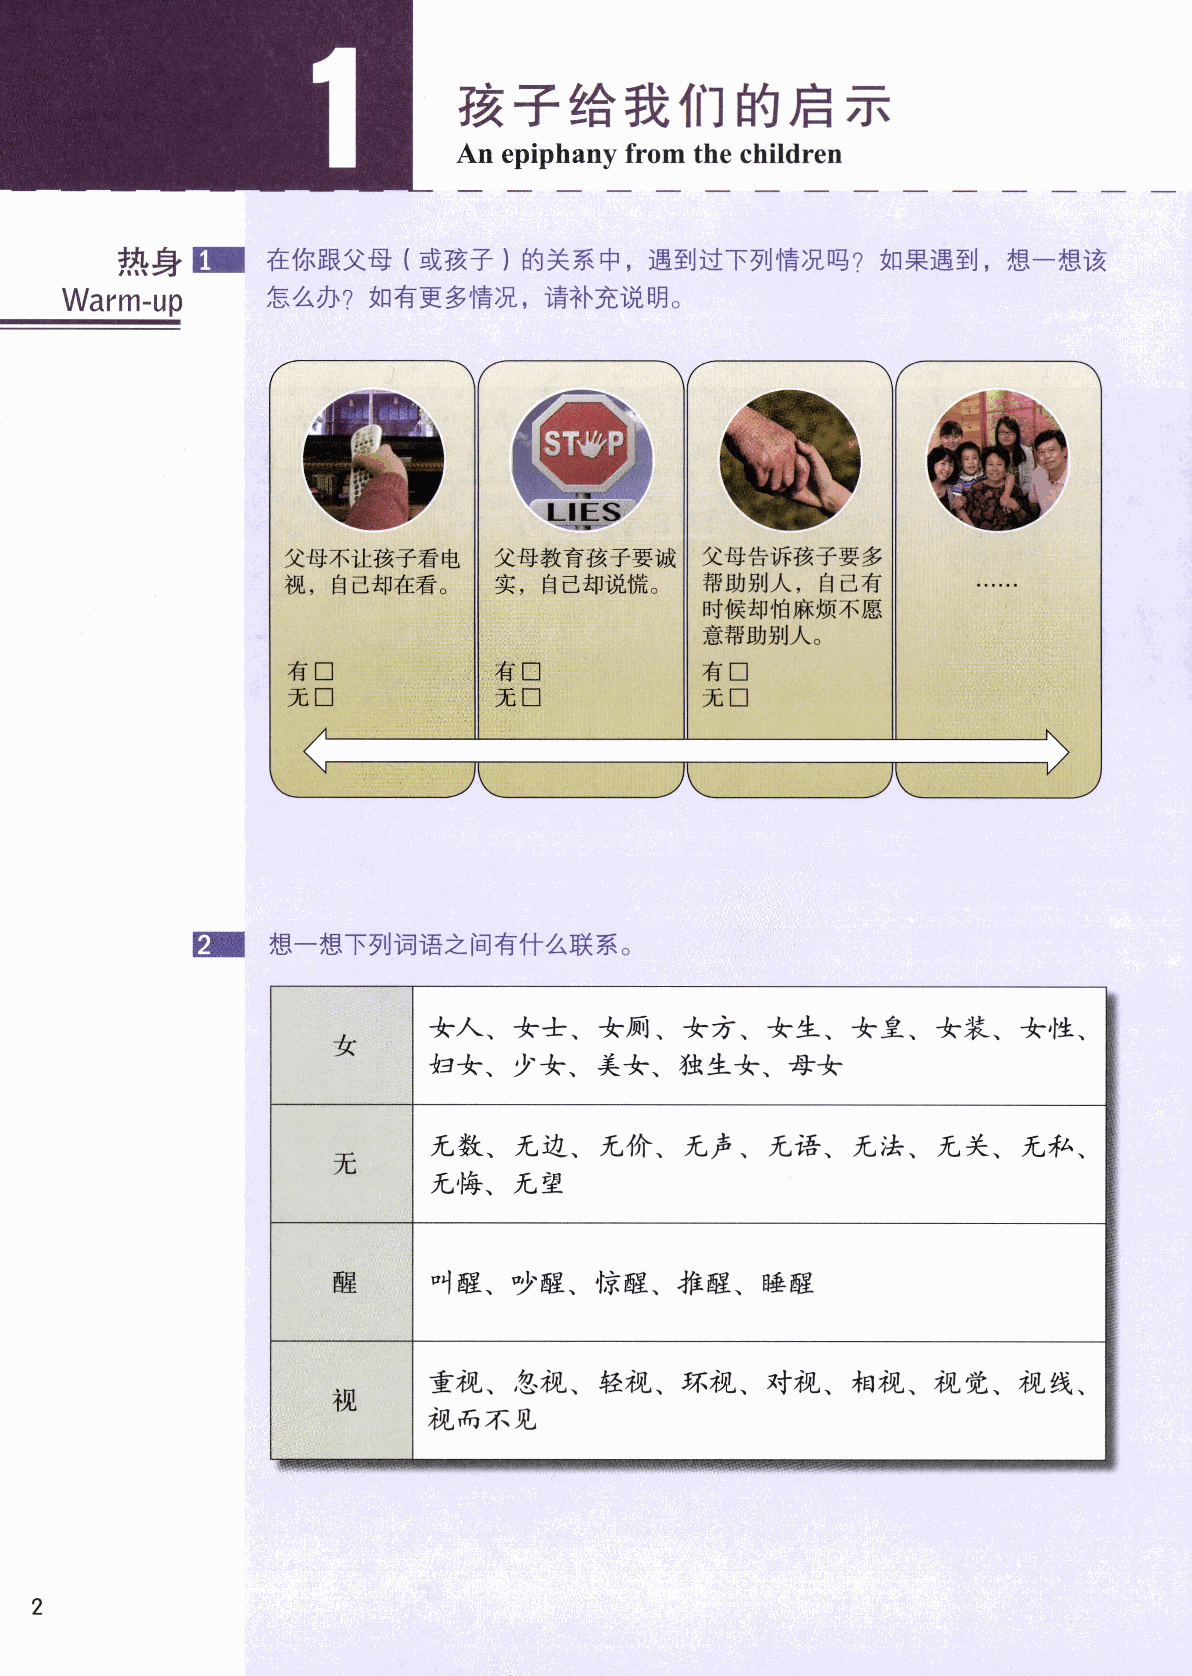
嘔
 ―        該  子   給   我  佃   的唐     示
 ■        An epiphany from the children
 熱 身  ‐    在体眼父母    (或核子   )的 美系中,遇到道下列情況喝?如果遇到,想一想該
 warm¨up      急久亦?如有更多情況,清ネト充悦明。
 STⅥレP
 父母不辻核子看屯      父母教育核子要城      父母告訴核子要多
 祝,自  己却在看。    実,自  己却悦慌。    帯助別人,自   己有
 吋候却伯麻煩不思
 意希助別人。
 有□            有 □           有□
 元□            元□            元□
 日口   想一想下列凋悟之同有什久咲系。
 |口
 女人、女士、女厠、女オ、女生、女皇、女装、女性、
 女                             ・・
 指女、少女、美女、独生★、母★
 元数、元辺、元介、元声、元悟、元法、元                  、元ネ、
 :)∈
 元
 元悔、元望
 口
 醒
 1醒、サ醒、憶醒、推醒、睡醒
 菫机、′忽れ、軽ラ    :L、 琢れ、対れ、オロ机、机       党、机   銭、
 祝
 ラ:L岳:不1几
 つ
 ι